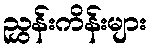
ညွှန်းကိန်းများ